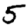
Digit: 5